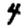
Digit: 4